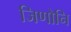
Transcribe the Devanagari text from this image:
जिणोनि